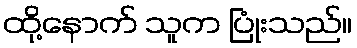
ထို့နောက် သူက ပြုံးသည်။